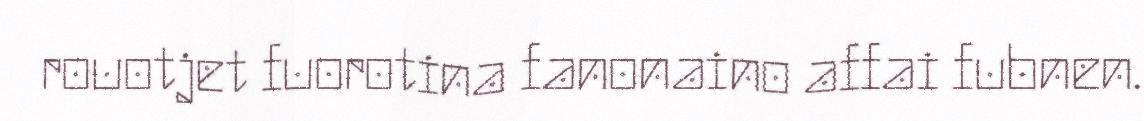
rouotjet fuorotina fanonaino affai fubnen.